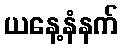
ယနေ့နံနက်